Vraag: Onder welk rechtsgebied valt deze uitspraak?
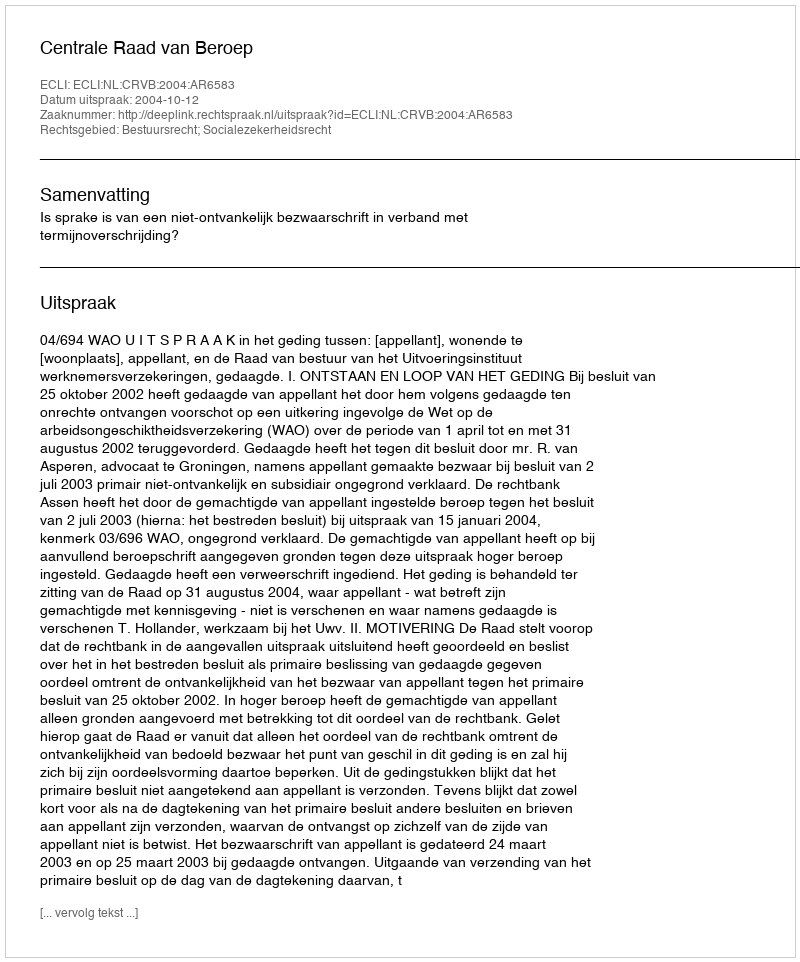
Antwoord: Bestuursrecht; Socialezekerheidsrecht